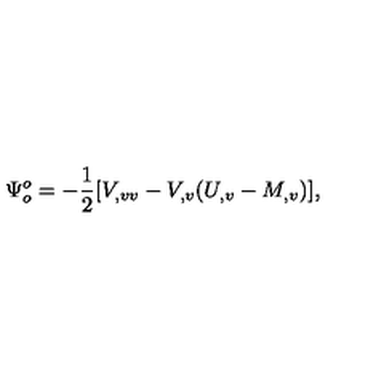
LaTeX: \Psi _ { o } ^ { o } = - { \frac { 1 } { 2 } } [ V _ { , v v } - V _ { , v } ( U _ { , v } - M _ { , v } ) ] ,